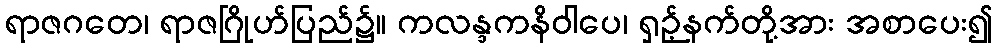
ရာဇဂတေ၊ ရာဇဂြိုဟ်ပြည်၌။ ကလန္ဒကနိဝါပေ၊ ရှဉ့်နက်တို့အား အစာပေး၍